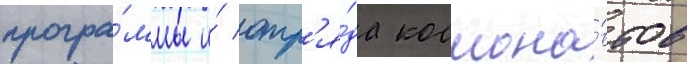
програ́ммы и́ отр'я́да космона́втов